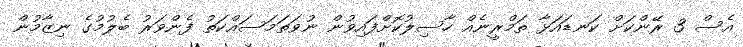
އެސް 3 ރޭންކަށް ކަނޑައަޅާ ތަމްރީނެއް ހާސިލުކޮށްފައިވުން ނުވަތަމަސައްކަތު ފެންވަރު ބެލުމުގެ ނިޒާމުން